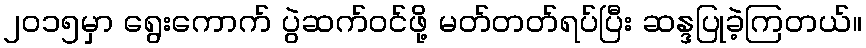
၂၀၁၅မှာ ရွေးကောက် ပွဲဆက်ဝင်ဖို့ မတ်တတ်ရပ်ပြီး ဆန္ဒပြုခဲ့ကြတယ်။